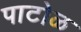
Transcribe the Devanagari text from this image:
पाटोळ